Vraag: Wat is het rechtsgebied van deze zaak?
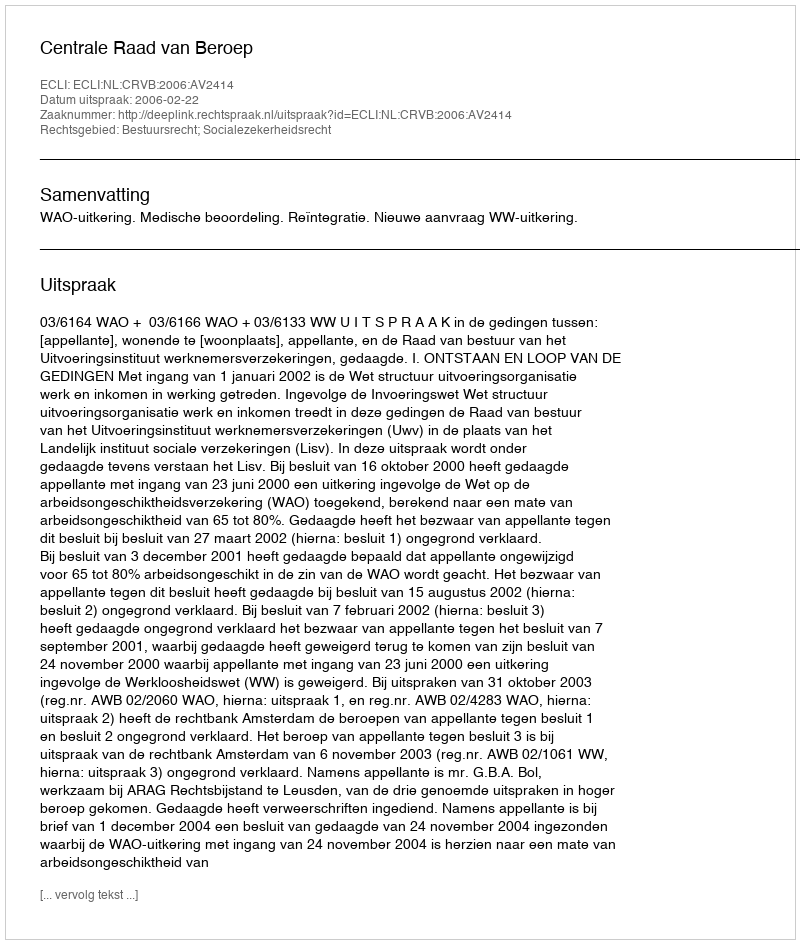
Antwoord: Bestuursrecht; Socialezekerheidsrecht